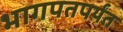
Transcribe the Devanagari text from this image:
भागपतपर्यंत